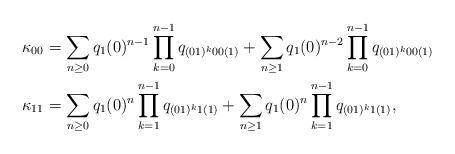
LaTeX: \begin{align*}\kappa_{00}&=\sum_{n\geq 0}q_1(0)^{n-1}\prod_{k=0}^{n-1}q_{(01)^k00(1)}+\sum_{n\geq 1}q_1(0)^{n-2}\prod_{k=0}^{n-1}q_{(01)^k00(1)}\\\kappa_{11}&=\sum_{n\geq 0}q_1(0)^{n}\prod_{k=1}^{n-1}q_{(01)^k1(1)}+\sum_{n\geq 1}q_1(0)^{n}\prod_{k=1}^{n-1}q_{(01)^k1(1)},\end{align*}